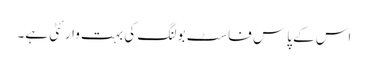
اس کے پاس فاسٹ بولنگ کی بہت وارئٹی ہے۔